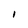
Character: I